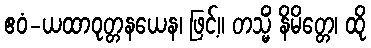
ဧဝံ-ယထာဝုတ္တနယေန၊ ဖြင့်။ တသ္မိံ နိမိတ္တေ၊ ထို